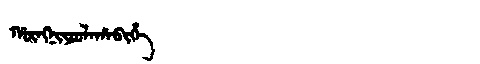
Manchu: ᡥᡡᠩᠨᡳᠶᠣᠣᠯᠠᡥᠠᠪᡳᡥᡝ
Romanization: HŪNGNIYOOLAHABIHE